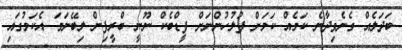
ބަދަލެއް ގެނެވިދާނެ ކަމެއް ކަމަށް ފުލުހުންނަށް ފީޑްބެކް ނޫނީ ބްރީފިން ލިބޭނަމަ އެކަމުގައި